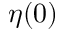
\eta ( 0 )